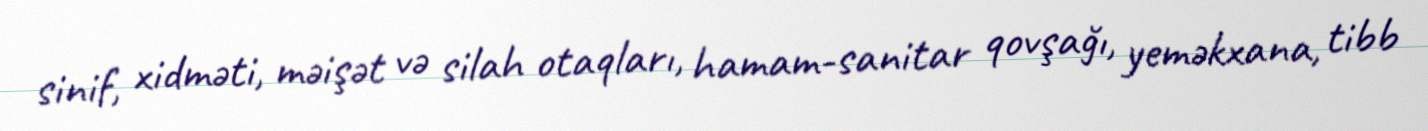
sinif, xidməti, məişət və silah otaqları, hamam-sanitar qovşağı, yeməkxana, tibb